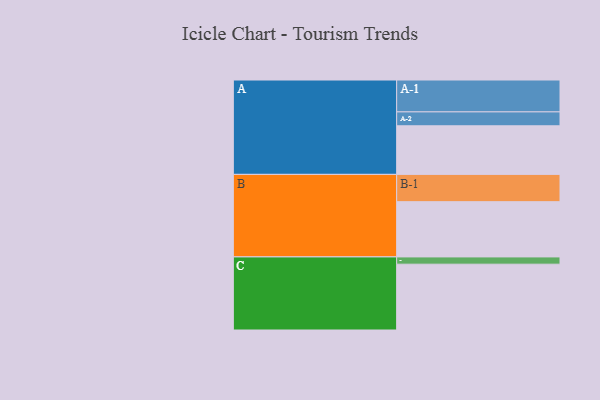
{"axis": {"x": "Segment", "y": "Value"}, "legend": ["", "A", "B", "C"], "data": [{"x": "A", "y": 381, "type": ""}, {"x": "B", "y": 433, "type": ""}, {"x": "C", "y": 516, "type": ""}, {"x": "A-1", "y": 250, "type": "A"}, {"x": "A-2", "y": 109, "type": "A"}, {"x": "B-1", "y": 214, "type": "B"}, {"x": "C-1", "y": 57, "type": "C"}]}